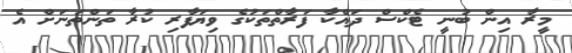
މީރާ އިން ބުނީ ޓެކްސް ދައްކާ ފަރާތްތަކުގެ ވިޔަފާރި ކުރާ ތަންތަނަށް އެ